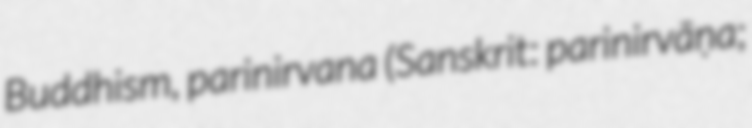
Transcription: Buddhism, parinirvana (Sanskrit: parinirvāṇa;